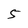
Character: 5